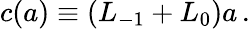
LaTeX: c(a)\equiv(L_{-1}+L_{0})a\, .